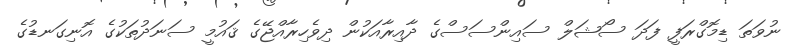
ނުވަތަ ޑިމޮގްރަފީ ފަދަ ސޯޝަލް ސައިންސަސްގެ ދާއިރާއަކުން ދިވެހިރާއްޖޭގެ ޤައުމީ ސަނަދުތަކުގެ އޮނިގަނޑުގެ